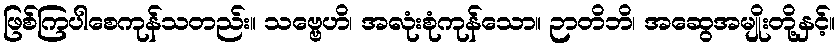
ဖြစ်ကြပါစေကုန်သတည်း။ သဗ္ဗေဟိ၊ အလုံးစုံကုန်သော။ ဉာတိဘိ၊ အဆွေအမျိုးတို့နှင့်။